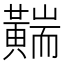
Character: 䵎